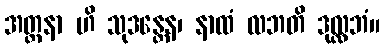
အတ္တနာ ဟိ သုဒန္တေန၊ နာထံ လဘတိ ဒုလ္လဘံ။